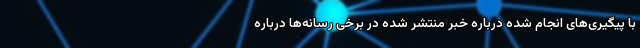
با پیگیری‌های انجام شده درباره خبر منتشر شده در برخی رسانه‌ها درباره